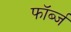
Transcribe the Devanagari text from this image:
फॉर्ब्ज